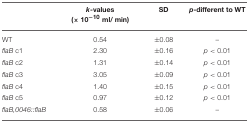
|  | k-values (× 10−10 ml/ min) | SD | p-different to WT |
 | --- | --- | --- | --- |
 | WT | 0.54 | ±0.08 | – |
 | flaB c1 | 2.30 | ±0.16 | p < 0.01 |
 | flaB c2 | 1.31 | ±0.14 | p < 0.01 |
 | flaB c3 | 3.05 | ±0.09 | p < 0.01 |
 | flaB c4 | 1.40 | ±0.15 | p < 0.01 |
 | flaB c5 | 0.97 | ±0.12 | p < 0.01 |
 | flaB,0046::flaB | 0.58 | ±0.06 | – |